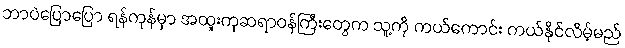
ဘာပဲပြောပြော ရန်ကုန်မှာ အထူးကုဆရာဝန်ကြီးတွေက သူ့ကို ကယ်ကောင်း ကယ်နိုင်လိမ့်မည်